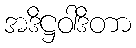
အဒိဋ္ဌဝါဒိတာ